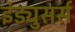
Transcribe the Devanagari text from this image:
इंड्युसर्स